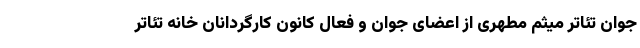
جوان تئاتر میثم مطهری از اعضای جوان و فعال کانون کارگردانان خانه تئاتر